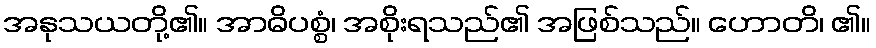
အနုသယတို့၏။ အာဓိပစ္စံ၊ အစိုးရသည်၏ အဖြစ်သည်။ ဟောတိ၊ ၏။